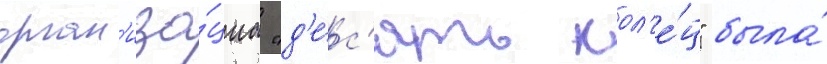
орган'иза́циа "д'е́с'ять кол'е́ц" была́